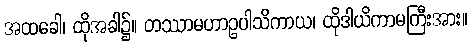
အထခေါ၊ ထိုအခါ၌။ တဿာမဟာဥပါသိကာယ၊ ထိုဒါယိကာမကြီးအား။